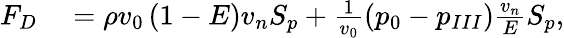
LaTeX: \begin{array}{rl}{F_{D}}&{{}={}\rho v_{0}\left(1-E\right){v_{n}}{S_{p}}+\frac{1}{v_{0}}\left(p_{0}-p_{III}\right)\frac{{v_{n}}}{E}{S_{p}},}\end{array}